Cholera in India, 1862 to 1881
Year: 1862
Disease focus: Cholera
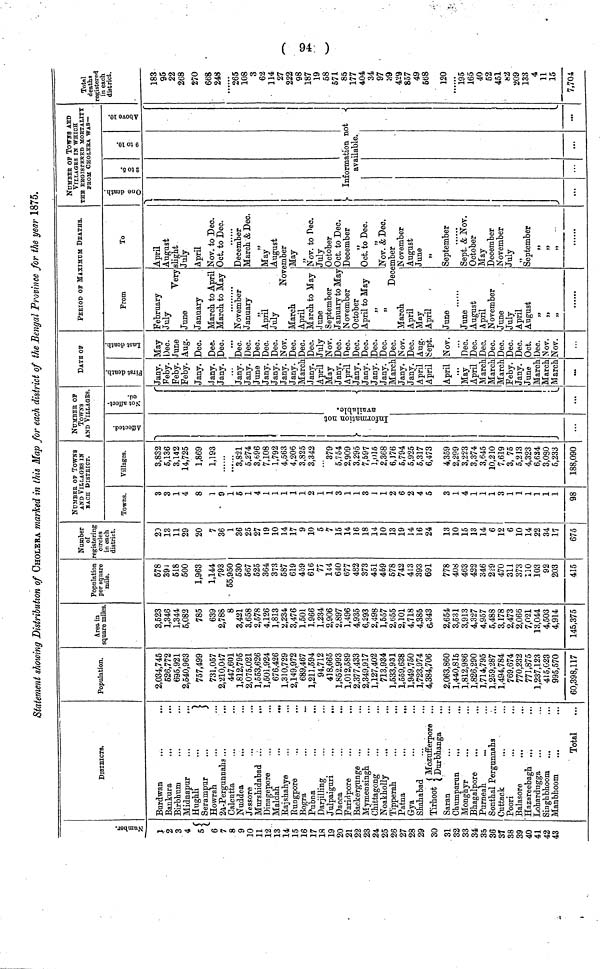
Numbers.
1
2
3
4
5
6
7
8
9
10
11
12
13
14
15
16
17
18
19
20
21
22
23
25
26
27
28
29
30
31
32
33
34
35
36
37
38
39
40
42
43
DISTRICTS.
Burdwan
...
...
Bankura
Birbhum
Midnapur
Hughli
..
Serampur
..
Howrah
24-Pergunnahs ..
Calcutta
Nuddea
Jessore
Murshidabad ..
,
Dinagepore
Maldah
..
. .
Rajshahye
Rungpore
Bogra
Pubna
Darjilling
Julpaiguri
..
,,,
Dacca
..
...
Faridpore
Backergunge ..
Mymensingli
Noakholly
Tipperah
..
..,
Patna
..
Gya
Shahabad
Tirhut
Mozufferpore
Saran
...
...
Chumparun
...
...
Monghyr
Bhagalpore
Sonthal Pergunnahs
...
Cuttack
Poori
Balasore
...
Hazareebagh
Singhbhoom
Manblioom
Total
Population.
2,034,745
526,772
695,921
2,540,963
757,499
731,057
2,210,047
447,601
1,812,795
2,075,021
1,553,626
1,501,924
676,426
1,310,729
2,149,972
689,467
1,211,594
94,712
418,665
1,852,993
1,012,589
2,377,433
2,349,917
713,934
1,533,931
1,559,638
1,949,750
1,723,974
4,384,706
2,063,860
1,440,815
1,812,986
1,826,290
1,714,795
1,259,287
1,494,784
769,674
770,232
771,875
415,023
995,570
60,398,117
Area in
square miles
3,523
1,346
1,344
5,082
785
639
2,788
8
3,421
3,658
2,578
4.126
1,813
2,234
3,476
1,501
1.966
1,234
2,906
2,897
1,496
4,935
6,293
1,557
2,655
2,101
4,718
4,385
6,343
2,654
3,531
3,913
4,327
4,957
5,488
3,178
2,473
2,066
7,021
13,044
4,503
4,914
145,375
Population
per square
mile.
578
39)
518
500
1,963
1,144
793
55,950
530
567
525
364
373
587
619
459
616
77
144
640
677
482
373
459
578
742
413
393
691
778
408
463
422
346
229
470
311
373
110
103
92
203
415
Number Number
of
registering
circles
in each
district.
20
13
11
29
20
7
36
1
36
25
27
19
10
14
17
9
10
5
7
15
14
16
18
10
13
19
14
16
24
13
10
15
13
14
6
12
6
10
14
22
34
17
675
NuMBEr of TOWNS
AND VILLAGES IS
AND VILLAGES IS
EACH DIsTrICT.
Towns.
3
3
1
4
8
1
9
1
5
1
4
1
1
1
1
1
2
1
1
3
1
1
3
1
1
2
6
2
4
5
3
1
4
1
1
1
3
1
1
1
1
1
1
98
Villages.
3,832
5,136
3,142
14,725
1,869
1,193
..
3,821
5,274
3,696
7,108
1,792
4,563
4,206
3,825
3,342
379
5,754
2,909
3,295
7,597
l,015
2,368
6,176
5,794
5,925
5,317
6,473
4,359
2,299
3,223
3,374
3,645
10,210
7,619
3, 75
5,213
4,323
6,634
3,080
5,233
188,090
NuMBEr Of
TOWNS TOWNS
AND VILLAGES
Affected.
Inform not availble
!
Not affected.
DATE OF
DATE OF
First death.
Jany.
Feby.
Feby.
Feby.
Jany.
Jany.
Jany.
Jany.
Jany.
June
Jany.
Jany.
Jany.
Jany.
March
Jany.
April
May
Jany.
April
Jany.
Jany.
Jany.
Jany.
March
Jany.
Jany.
April
April
April
May
April
March
March
March
Feby.
Jany.
June
March
March
March
Last death.
.
May
Dec.
June
Aug.
Dec.
Dee.
Dec.
Dec!
Dec.
Dec.
Dec.
Dec.
Nov.
Dec.
Dec.
Dec.
July
Nov.
Dec.
Dec.
Dec.
Dec.
Dec.
Dec.
Dec.
Nov.
Dec.
Aug.
Sept.
Nov.
Dec.
Dec.
Dec.
Dec.
Dec.
Dec.
Dec.
Oct.
Dec.
Nov.
Nov.
PErIOD Of MAXIMUM DEATHS.
PErIOD OB MAXIMUM DEATHS.
From
February
July
Very
June
January
March to April
March to May
November
January
"
April
July
Nove
March
April
March to May
June
September
January to May
November
October
April to May
"
"
Dece
March
April
May
April
June
June
August
April
November
June
July
April
August
"
"
"
To
April
August
slight
July
April
Nov. to Dec.
Oct. to Dec.
December
March & Dec.
May
August
mber
May
Nov. to Dec.
July
October
Oct. to Dec.
December
"
Oct. to Dec.
Nov. & Dec.
mber
November
August
June
September
Sept. & Nov..
October
May
December
November
July
September
......
NUMBER OF Towns AED
VILLAGE a IN WHICH
VILLAGE a IN WHICH
THe reGISterED MOrTALITy
FrOM CHOLErA WAS—
One death.
...
2 to 5.
Information not
available
9 to 10.
Above 10.
„
...
Total
deaths
registered
" in each
district.
183
95
22
268
270
668
248
......
265
108
3
62
114
27
222
98
187
19
58
571
85
177
404
34
97
39
429
857
49
568
120
l95
165
40
52
451
82
209
133
4
11
15
7,704